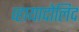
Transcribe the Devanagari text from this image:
व्हायादोलिद